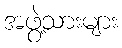
အဖွဲ့သားများ